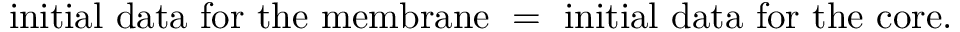
\mathrm { i n i t i a l ~ d a t a ~ f o r ~ t h e ~ m e m b r a n e ~ = ~ i n i t i a l ~ d a t a ~ f o r ~ t h e ~ c o r e . }